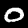
Digit: 0